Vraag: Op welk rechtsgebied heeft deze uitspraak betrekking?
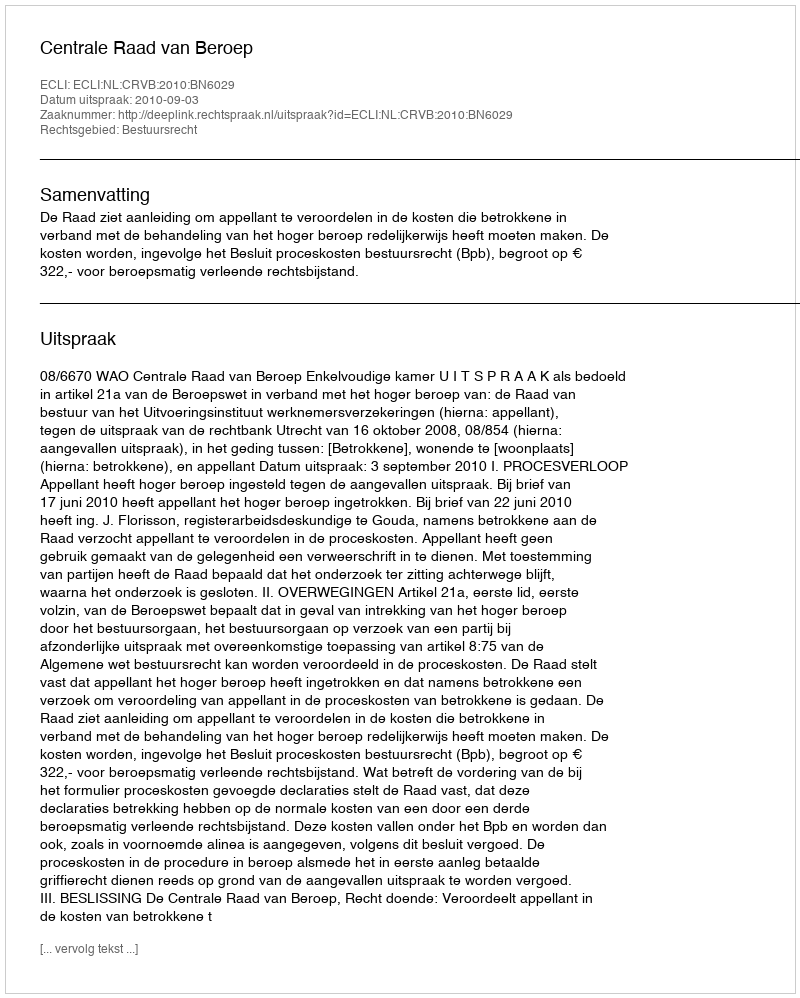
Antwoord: Bestuursrecht